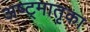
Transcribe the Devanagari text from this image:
अष्ट्मातृका